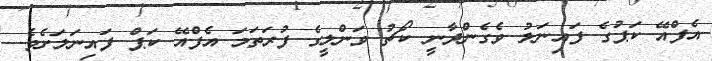
އެފްއޭ ކަޕުގެ ފައިނަލު ވެގެންދާނީ ކޯޗު ވަންލީގެ ފުރަތަމަ އެފްއޭ ކަޕް ފައިނަލަށެވެ.